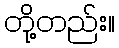
တို့တည်း။